Scottish assistants in French schools and colleges, 1932
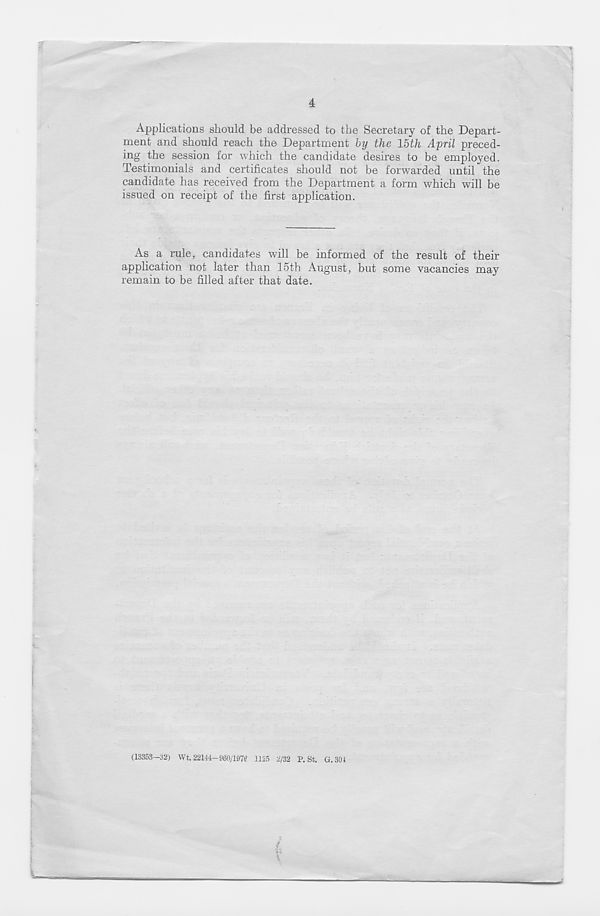
4
Applications should be addressed to the Secretary of the Depart-
ment and should reach the Department by the 15th April preced-
ing the session for which the candidate desires to be employed.
Testimonials and certificates should not be forwarded until the
candidate has received from the Department a form which will be
issued on receipt of the first application.
As a rule, candidates will be informed of the result of their
application not later than 15th August, but some vacancies may
remain to be filled after that date.
(13353—32) Wt. 22144- 980/197? 1125 2/32 P. St. G. 301